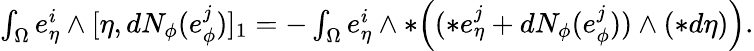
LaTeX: \begin{array}{r}{\int_{\Omega}e_{\eta}^{i}\wedge[\eta,dN_{\phi}(e_{\phi}^{j})]_{1}=-\int_{\Omega}e_{\eta}^{i}\wedge\ast\Big((\ast e_{\eta}^{j}+dN_{\phi}(e_{\phi}^{j}))\wedge(\ast d\eta)\Big).}\end{array}